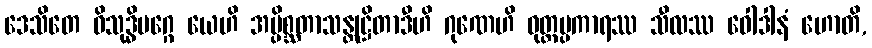
ဒေသိတေ ဝိသုဒ္ဓိမဂ္ဂေ ယေဟိ အပ္ပိစ္ဆတာသန္တုဋ္ဌိတာဒီဟိ ဂုဏေဟိ ဝုတ္တပ္ပကာရဿ သီလဿ ဝေါဒါနံ ဟောတိ,